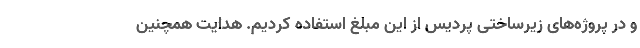
و در پروژه‌های زیرساختی پردیس از این مبلغ استفاده کردیم. هدایت همچنین